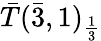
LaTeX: {\bar{T}}({\bar{3}},1)_{\frac{1}{3}}